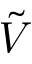
\tilde { V }